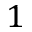
1